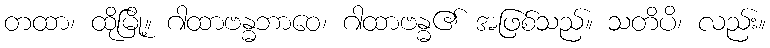
တထာ၊ ထိုမြို့။ ဂါထာဗန္ဓဘာဝေ၊ ဂါထာဗန္ဓ၏ အဖြစ်သည်။ သတိပိ၊ လည်း။